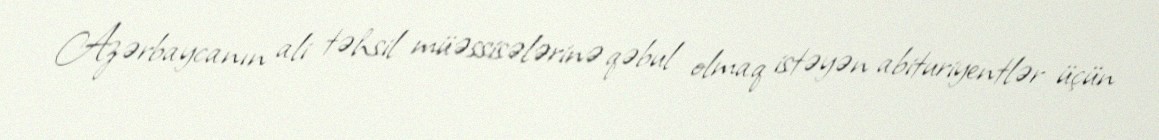
Azərbaycanın ali təhsil müəssisələrinə qəbul olmaq istəyən abituriyentlər üçün